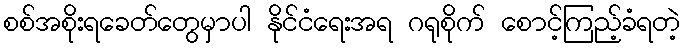
စစ်အစိုးရခေတ်တွေမှာပါ နိုင်ငံရေးအရ ဂရုစိုက် စောင့်ကြည့်ခံရတဲ့